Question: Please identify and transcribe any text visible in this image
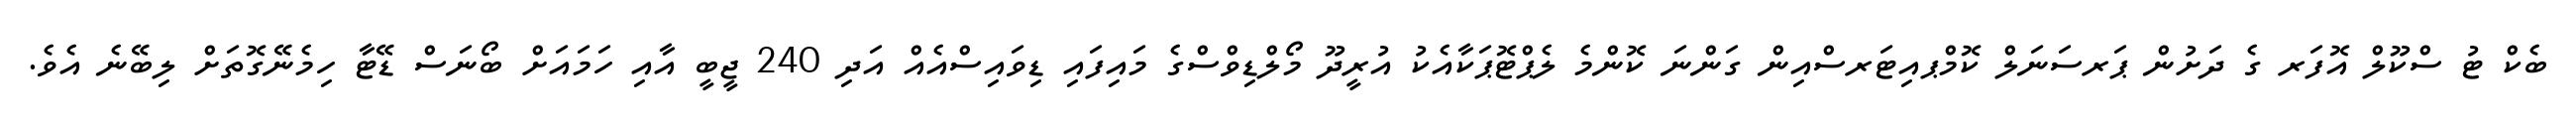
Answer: ބެކް ޓު ސްކޫލް އޮފަރ ގެ ދަށުން ޕަރސަނަލް ކޮމްޕއިޓަރސްއިން ގަންނަ ކޮންމެ ލެޕްޓޮޕަކާއެކު އުރީދޫ މޯލްޑިވްސްގެ މައިފައި ޑިވައިސްއެއް އަދި 240 ޖީބީ އާއި ހަމައަށް ބޯނަސް ޑޭޓާ ހިމެނޭގޮތަށް ލިބޭނެ އެވެ.